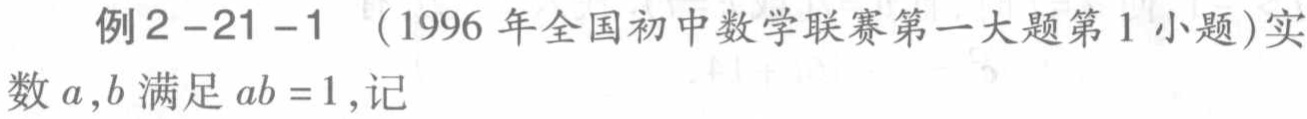
例2 - 21 - 1 （1996年全国初中数学联赛第一大题第1小题）实数\(a,b\)满足\(ab = 1\)，记